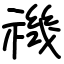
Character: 禨